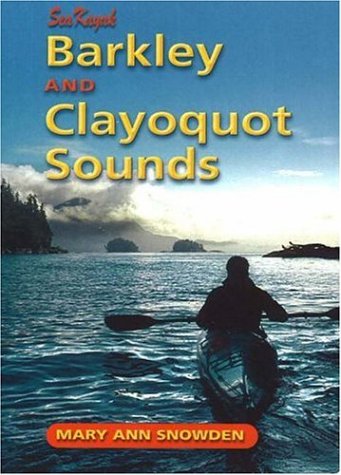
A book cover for Sea Kayak Barkley & Clayoquot Sounds; Mary Ann Snowden; Sports & Outdoors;